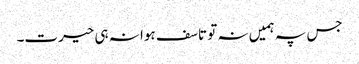
جس پہ ہمیں نہ تو تاسف ہوا نہ ہی حیرت۔